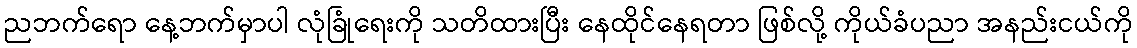
ညဘက်ရော နေ့ဘက်မှာပါ လုံခြုံရေးကို သတိထားပြီး နေထိုင်နေရတာ ဖြစ်လို့ ကိုယ်ခံပညာ အနည်းငယ်ကို